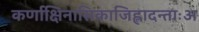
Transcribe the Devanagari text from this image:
कर्णाक्षिनासिकाजिह्लादन्ताःअ